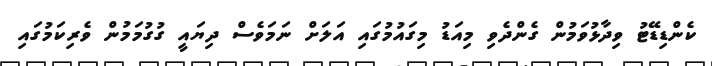
ކެންޑިޑޭޓު ވިދާޅުވަމުން ގެންދެވި މިއަޑު މިގައުމުގައި އަލަށް ނަމަވެސް ދިޔައީ ގުގުމަމުން ވެރިކަމުގައި